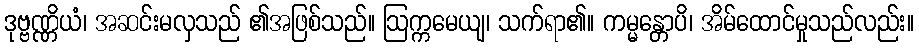
ဒုဗ္ဗဏ္ဏိယံ၊ အဆင်းမလှသည် ၏အဖြစ်သည်။ ဩက္ကမေယျ၊ သက်ရာ၏။ ကမ္မန္တောပိ၊ အိမ်ထောင်မှုသည်လည်း။